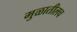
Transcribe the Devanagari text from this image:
मुळातीलच